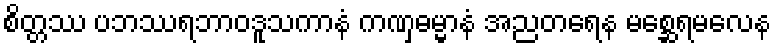
စိတ္တဿ ပဘဿရဘာဝဒူသကာနံ ကဏှဓမ္မာနံ အညတရေန မစ္ဆေရမလေန